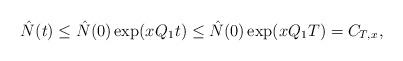
LaTeX: \begin{align*}\hat{N}(t) \leq \hat{N}(0) \exp(x_{} {Q}_1 t) \leq \hat{N}(0) \exp(x_{} {Q}_1 T) = C_{T,x_{}},\end{align*}